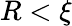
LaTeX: R<\xi